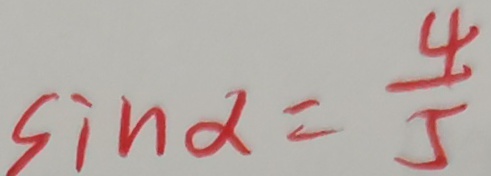
\sin \alpha = \frac { 4 } { 5 }